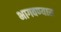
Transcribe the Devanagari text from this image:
भागवण्यास